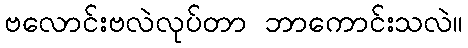
ဗလောင်းဗလဲလုပ်တာ ဘာကောင်းသလဲ။